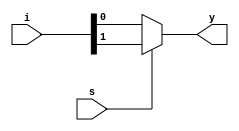
module mux_2_to_1 (
    y,
    i,
    s
);

  output y;
  input [1:0] i;
  input s;

  assign y = s ? i[1] : i[0];

endmodule

module mux_8_to_1 (
    y,
    i,
    s
);

  output y;
  input [7:0] i;
  input [2:0] s;

  wire [5:0] w;

  mux_2_to_1 mux_1 (
      w[0],
      i[1:0],
      s[0]
  );
  mux_2_to_1 mux_2 (
      w[1],
      i[3:2],
      s[0]
  );
  mux_2_to_1 mux_3 (
      w[2],
      i[5:4],
      s[0]
  );
  mux_2_to_1 mux_4 (
      w[3],
      i[7:6],
      s[0]
  );
  mux_2_to_1 mux_5 (
      w[4],
      w[1:0],
      s[1]
  );
  mux_2_to_1 mux_6 (
      w[5],
      w[3:2],
      s[1]
  );
  mux_2_to_1 mux_7 (
      y,
      w[5:4],
      s[2]
  );

endmodule

module testbench;

  wire y;
  reg [7:0] i;
  reg [2:0] s;

  mux_8_to_1 dut (
      y,
      i,
      s
  );

  initial begin
    i = 8'b00000000;
    s = 3'b000;
  end

  always #2 s = s + 1;
  always #1 i = i + 1;

  initial $monitor("output = %b, s = %b, i = %b", y, s, i);

  initial #20 $finish;

endmodule

/*OUTPUT:
output = 0, s = 000, i = 00000000
output = 1, s = 000, i = 00000001
output = 1, s = 001, i = 00000010
output = 1, s = 001, i = 00000011
output = 1, s = 010, i = 00000100
output = 1, s = 010, i = 00000101
output = 0, s = 011, i = 00000110
output = 0, s = 011, i = 00000111
output = 0, s = 100, i = 00001000
output = 0, s = 100, i = 00001001
output = 0, s = 101, i = 00001010
output = 0, s = 101, i = 00001011
output = 0, s = 110, i = 00001100
output = 0, s = 110, i = 00001101
output = 0, s = 111, i = 00001110
output = 0, s = 111, i = 00001111
output = 0, s = 000, i = 00010000
output = 1, s = 000, i = 00010001
output = 1, s = 001, i = 00010010
output = 1, s = 001, i = 00010011
8_to_1_Mux.v:87: $finish called at 20 (1s)
output = 1, s = 010, i = 00010100
*/